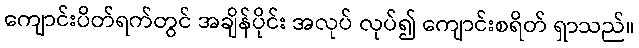
ကျောင်းပိတ်ရက်တွင် အချိန်ပိုင်း အလုပ် လုပ်၍ ကျောင်းစရိတ် ရှာသည်။